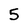
Character: 5